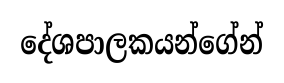
දේශපාලකයන්ගේන්